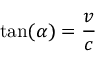
\tan ( \alpha ) = { \frac { v } { c } }